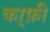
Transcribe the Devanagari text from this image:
का्फ़ी